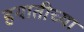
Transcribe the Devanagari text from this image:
हयातीच्या